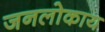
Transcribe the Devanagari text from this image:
जनलोकाय